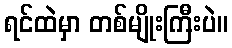
ရင်ထဲမှာ တစ်မျိုးကြီးပဲ။